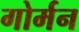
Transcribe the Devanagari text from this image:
गोर्मन